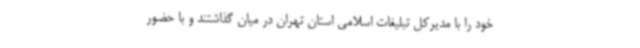
خود را با مدیرکل تبلیغات اسلامی استان تهران در میان گذاشتند و با حضور